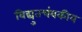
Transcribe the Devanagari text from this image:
विद्युतचंबकीय